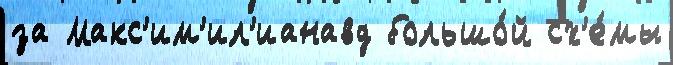
за Макс'им'ил'ианавд большо́й сх'е́мы